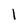
Character: 1